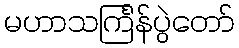
မဟာသင်္ကြန်ပွဲတော်